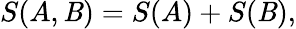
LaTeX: S(A,\mathit{B})=S(A)+S(\mathit{B}),